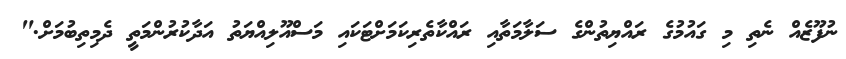
ނުފޫޒެއް ނެތި މި ގައުމުގެ ރައްޔިތުންގެ ސަލާމަތާއި ރައްކާތެރިކަމަށްޓަކައި މަސްއޫލިއްޔަތު އަދާކުރުންމަތީ ދެމިތިބުމަށް."